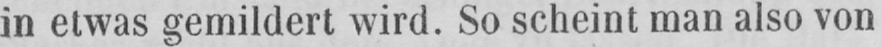
in etwas gemildert wird. So scheint man also von